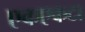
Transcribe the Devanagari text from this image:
एकएकटा